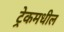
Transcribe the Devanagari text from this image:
ट्रेकमधील